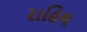
રાહિલ